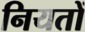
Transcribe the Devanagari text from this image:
नियतों